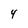
Character: 4